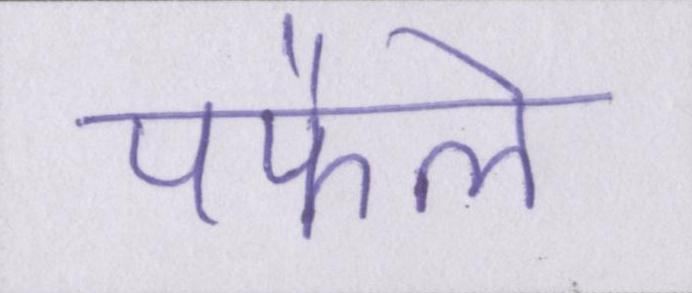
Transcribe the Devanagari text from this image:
पफैले